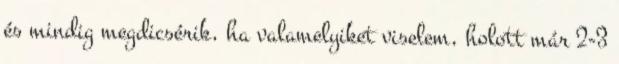
és mindig megdicsérik, ha valamelyiket viselem, holott már 2-3